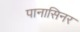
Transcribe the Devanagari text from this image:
पानासिनर